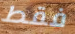
فقط